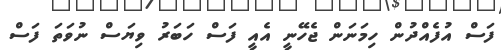
ފަސް އުފެއްދުން ހިމަނަން ޖެހޭނީ އެއީ ފަސް ހަބަރު ވިޔަސް ނުވަތަ ފަސް